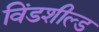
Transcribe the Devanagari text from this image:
विंडशील्‍ड